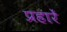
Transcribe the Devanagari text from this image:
प्रहारें